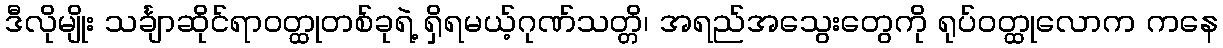
ဒီလိုမျိုး သင်္ချာဆိုင်ရာဝတ္ထုတစ်ခုရဲ့ ရှိရမယ့်ဂုဏ်သတ္တိ၊ အရည်အသွေးတွေကို ရုပ်ဝတ္ထုလောက ကနေ